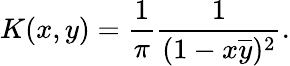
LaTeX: K(x,y)={\frac{1}{\pi}}{\frac{1}{(1-x{\overline{{y}}})^{2}}}.